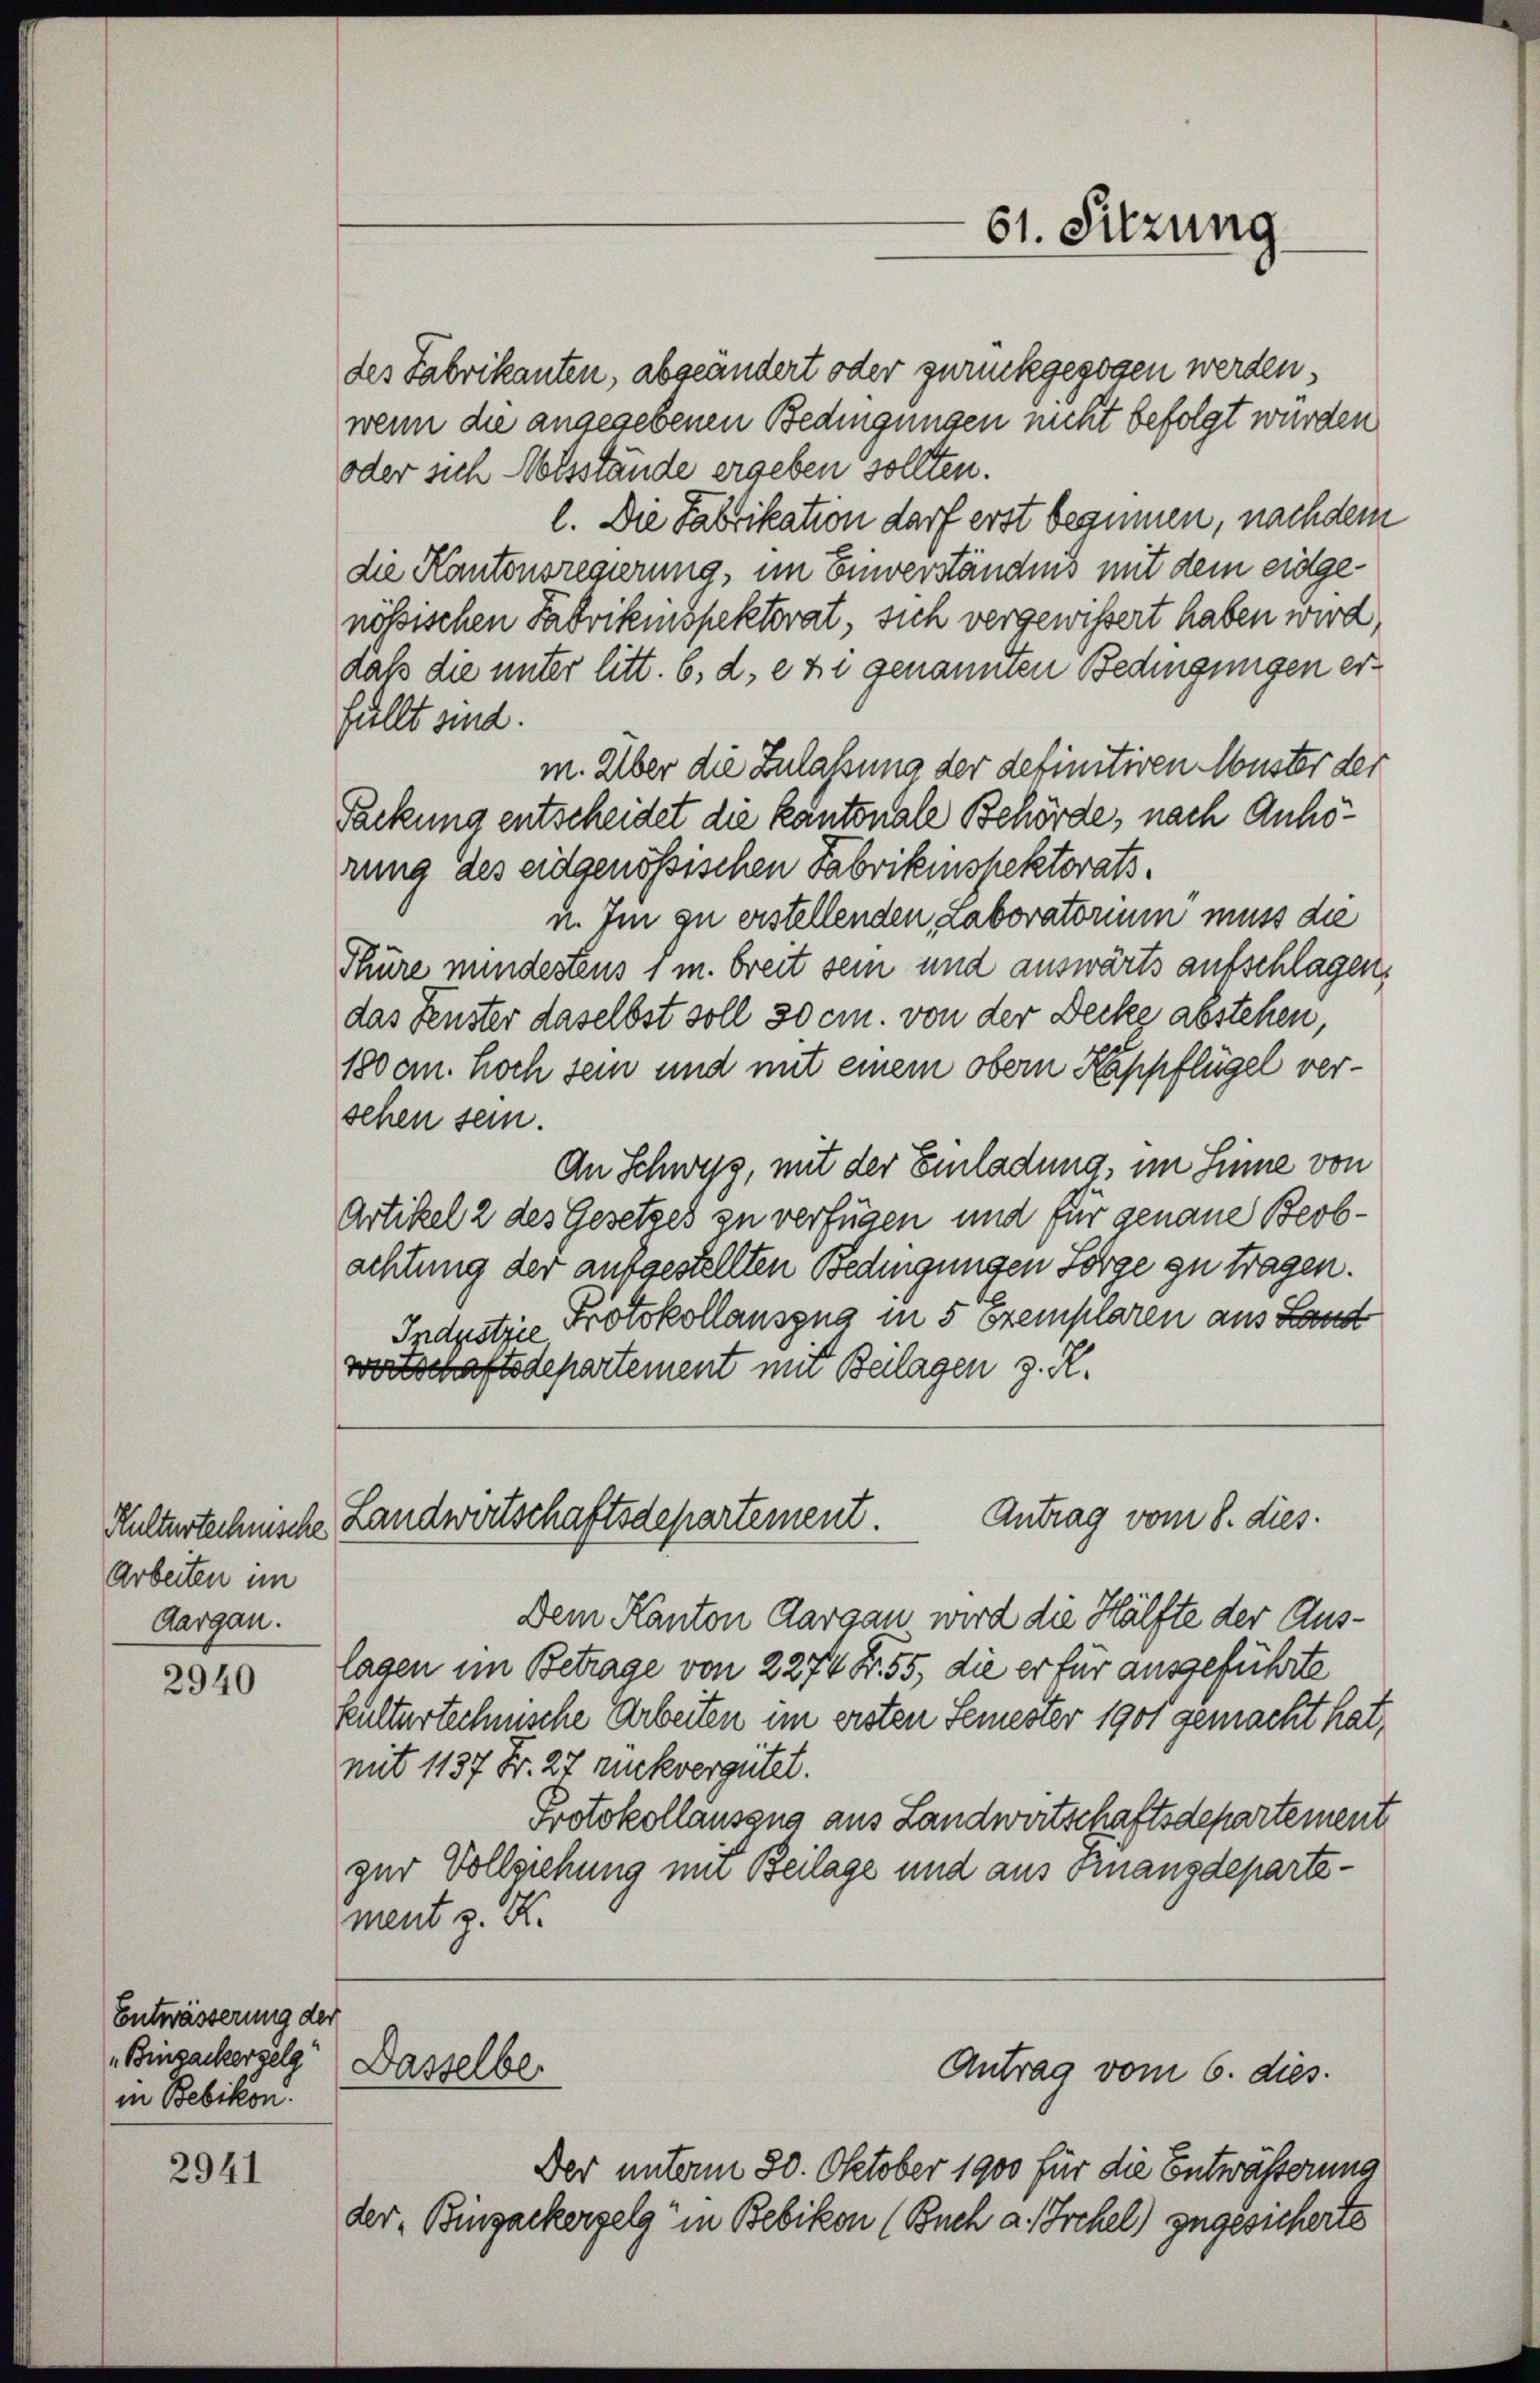
Arbeiten im
Aargau.

2940

Entwässerung der
„Binzackerselg" Dasselber
in Bebikon.

2941

des Fabrikanten, abgeändert oder zurückgezogen werden
wenn die angegebenen Bedingungen nicht befolgt wurden
oder sich Notsstände ergeben sollten.
l. Die Fabrikation darf erst beginnen, nachdem
die Kantonsregierung, im Einverständnis mit dem eidgenössischen Fabrikinspektorat, sich vergewissert haben wird,
daß die unter litt. b. d. ehr genannten Bedingungen erfällt sind.
m. Über die Zulassung der definitiven Muster der
Tackung entscheidet die Kantonale Behörde, nach Anhörung des eidgenössischen Fabrikinspektorats¬
u. Im zu erstellenden Laboratorium muss die
Thüre mindestens 1 m breit sein und auswärts aufschlagen,
das Fenster daselbst soll 30 cm. von der Decke abstehen,
180 cm. hoch sein und mit einem obern Kappflügel verschen sein.
An Schweiz, mit der Einladung, im Sinne von
Artikel 2 des Gesetzes zu verfügen und für genaue Beob-
achtung der ausgestellten Bedingungen Sorge zu tragen.
Industrie Protokollauszug in 5 Exemplaren aus Land
wortschaftsdepartement mit Beilagen z. R.

Antrag vom 8. dies
Kulturtechnische Landwirtschaftsdepartement.

Dem Kanton Aargau wird die Hälfte der Auslagen im Betrage von 2274 Fr. 55, die er für ausgeführte
kulturtechnische Arbeiten im ersten Semester 1901 gemacht hat,
mit 1137 Fr. 27 nuckvergütet.
Protokollausgna aus Landwirtschaftsdepartement
zur Vollziehung mit Beilage und aus Finanzdepartement z. K.

Der unterm 20. Oktober 1900 für die Entwässerung
der, Bingackergelg" in Bebikon (Buch a. Irchel) zugesicherte

61. Sitzung

Antrag vom 6. dies